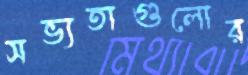
সভ্যতাগুলোর